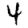
Digit: 4